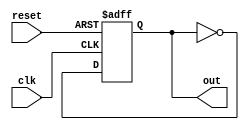
module async_reset_block (
    input wire clk,        // Clock signal
    input wire reset,      // Asynchronous reset signal
    output reg out         // Output signal
);

// Define the reset value
parameter RESET_VALUE = 1'b0;

always @(posedge clk or posedge reset) begin
    if (reset) begin
        out <= RESET_VALUE; // Set output to reset value when reset is active
    end else begin
        // Synchronous logic to update 'out' based on other conditions
        // Here you can define how 'out' should behave when reset is not active
        // For example, let's say we toggle 'out' for demonstration:
        out <= ~out; // Example logic: toggle output on each clock edge
    end
end

endmodule